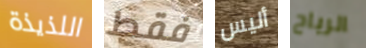
اللذيذة فقط أليس الرياح